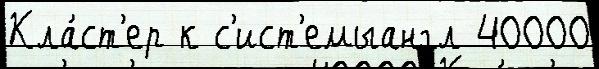
Кла́ст'ер к с'ист'емыангл 40000